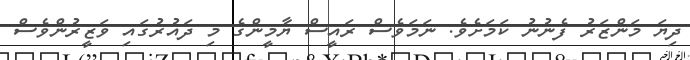
ދިޔަ މަންޒަރު ފެނުނު ކަމަށެވެ. ނަމަވެސް ރައީސް ޔާމީންގެ މި ދައުރުގައި ވަޒީރުންވެސް